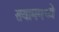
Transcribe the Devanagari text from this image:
सयाममध्ये